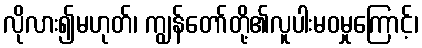
လိုလား၍မဟုတ်၊ ကျွန်တော်တို့၏လူပါးမဝမှုကြောင့်၊